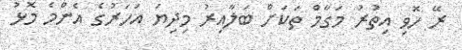
ރޭ ހޮވި އިތުރު މަގާމް ތަކަށް ބަލާއިރު މިދިޔަ އަހަރުގެ އެންމެ މޮޅު